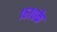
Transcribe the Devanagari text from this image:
१६१०के